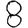
Digit: 8